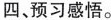
四、预习感悟。